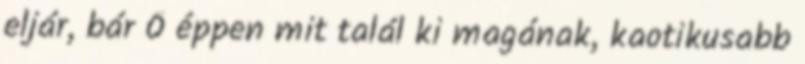
eljár, bár Ő éppen mit talál ki magának, kaotikusabb